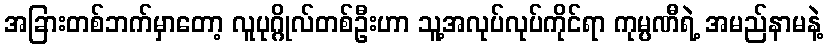
အခြားတစ်ဘက်မှာတော့ လူပုဂ္ဂိုလ်တစ်ဦးဟာ သူ့အလုပ်လုပ်ကိုင်ရာ ကုမ္ပဏီရဲ့ အမည်နာမနဲ့